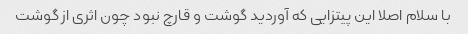
با سلام اصلا این پیتزایی که آوردید گوشت و قارچ نبود چون اثری از گوشت